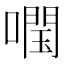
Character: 𡀊